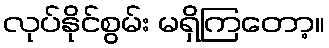
လုပ်နိုင်စွမ်း မရှိကြတော့။